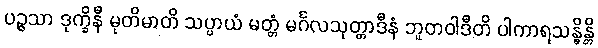
ပဉ္ဇသာ ဒုက္ခိနီ မုတိမာတိ သပ္ပာယံ မတ္တံ မင်္ဂလသုတ္တာဒီနံ ဘူတဝါဒီတိ ပါကာရသန္ဓိန္တိ